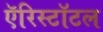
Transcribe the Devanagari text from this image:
ऍरिस्टॉटल